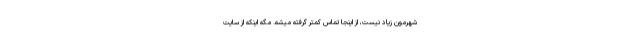
شهرمون زیاد نیست، از اینجا تماس کمتر گرفته میشه. مگه اینکه از سایت